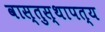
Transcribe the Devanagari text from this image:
वास्तुस्थापत्य